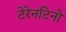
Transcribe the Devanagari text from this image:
टेरेनटिनो